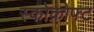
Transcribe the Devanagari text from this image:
स्कोक्रोफ्ट